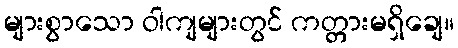
များစွာသော ဝါကျများတွင် ကတ္တားမရှိချေ။